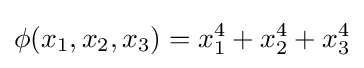
\phi (x_{1},x_{2},x_{3})=x_{1}^{4}+x_{2}^{4}+x_{3}^{4}